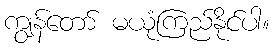
ကျွန်တော် မယုံကြည်နိုင်ပါ။